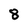
Character: 8